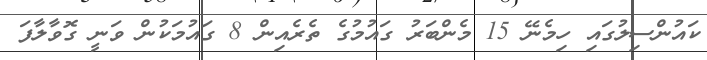
ކައުންސިލުގައި ހިމެނޭ 15 މެންބަރު ގައުމުގެ ތެރެއިން 8 ގައުމަކުން ވަނީ ގޮވާލާފަ